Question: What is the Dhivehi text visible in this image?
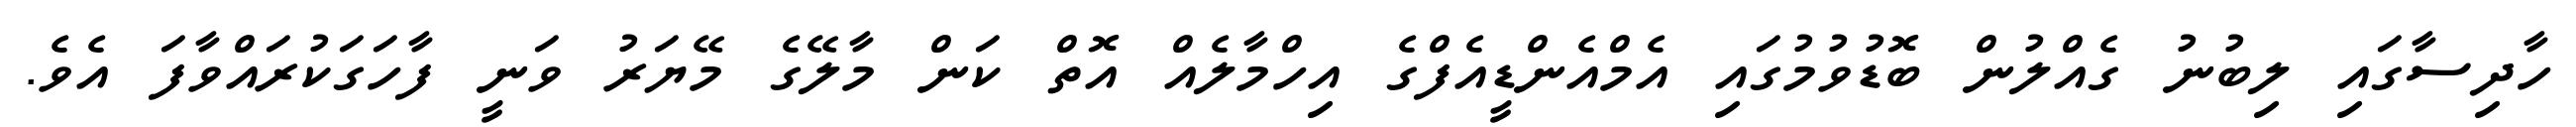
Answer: ހާދިސާގައި ލިބުނު ގެއްލުން ބޮޑުވުމުގައި އެމްއެންޑީއެފްގެ އިހްމާލެއް އޮތް ކަން މާލޭގެ މޭޔަރު ވަނީ ފާހަގަކުރައްވާފަ އެވެ.